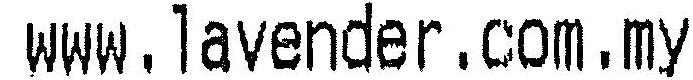
WWW.LAVENDER.COM.MY